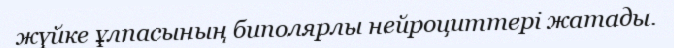
жүйке ұлпасының биполярлы нейроциттері жатады.